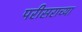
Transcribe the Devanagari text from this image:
परीसराच्या